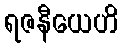
ရဇနီယေဟိ